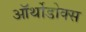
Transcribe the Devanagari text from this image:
ऑर्थोडोक्स